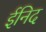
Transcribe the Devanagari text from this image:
ईनिद